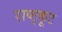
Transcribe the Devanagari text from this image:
राष्ट्कूट